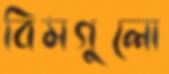
বিমগুলো